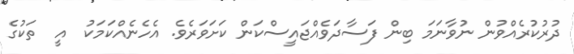
ދުރުކުރެއްވުން ނުވާނަމަ ބިން ފަސާދަވެއްޖައީސްކަން ކަށަވަރެވެ. އެހެނެއްކަމަކު  އީ  ތަކުގެ